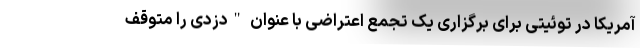
آمریکا در توئیتی برای برگزاری یک تجمع اعتراضی با عنوان "دزدی را متوقف